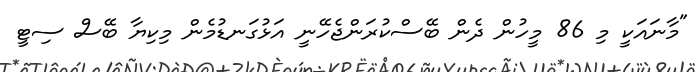
"މާނައަކީ މި 86 މީހުން ދެން ބޭސްކުރަންޖެހޭނީ އަޅުގަނޑުމެން މިކިޔާ ބޭސް ސިޓީ